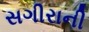
સગીરાની